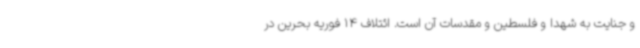
و جنایت به شهدا و فلسطین و مقدسات آن است. ائتلاف 14 فوریه بحرین در